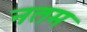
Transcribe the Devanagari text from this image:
नतम